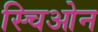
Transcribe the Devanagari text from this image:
स्चिओन